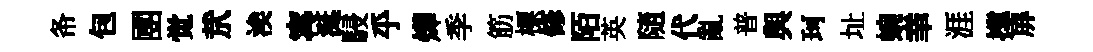
𢁙包圑觉㢤涘𡩋涎駸乎燁季筋標修陌英隨代亂普與珂址蜿𦍒涯撑屏